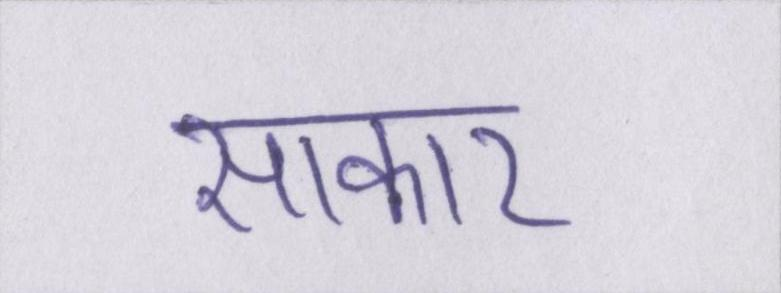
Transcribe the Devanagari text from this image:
साकार